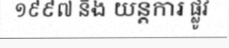
១៩៩៧ និង យន្តការ ផ្លូវ